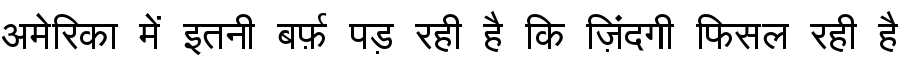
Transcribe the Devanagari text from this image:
अमेरिका में इतनी बर्फ़ पड़ रही है कि ज़िंदगी फिसल रही है